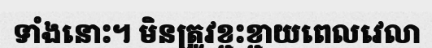
ទាំងនោះ។ មិនត្រូវខ្ជះខ្ជាយពេលវេលា